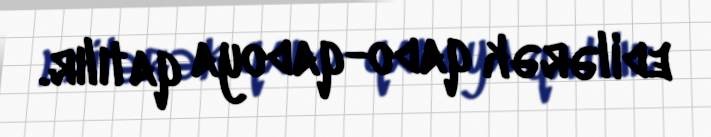
edilərək qado-qadoya qatılır.